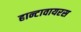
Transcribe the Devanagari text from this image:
हान्टावायरस